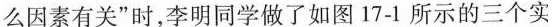
么因素有关”时，李明同学做了如图17-1所示的三个实